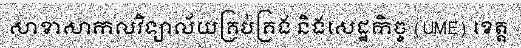
សាខាសាកលវិទ្យាល័យគ្រប់គ្រង និងសេដ្ឋកិច្ច (UME) ខេត្ត